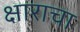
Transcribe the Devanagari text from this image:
क्षाराचा